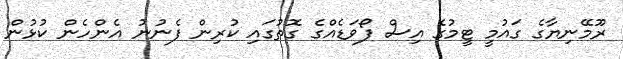
ރޫމޭނިޔާގެ ގައުމީ ޓީމުގެ އިސް ފޯވަޑެއްގެ ގޮތުގައި ކުރިން ފެނުނު އެންހެން ކުޅުން